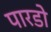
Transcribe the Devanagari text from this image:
पारडो